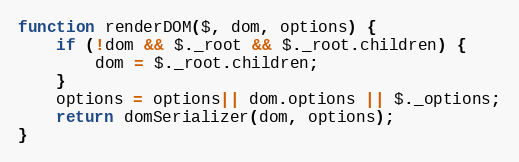
Language: JavaScript
function renderDOM($, dom, options) {
    if (!dom && $._root && $._root.children) {
        dom = $._root.children;
    }
    options = options|| dom.options || $._options;
    return domSerializer(dom, options);
}